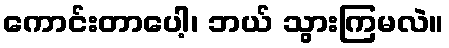
ကောင်းတာပေါ့၊ ဘယ် သွားကြမလဲ။